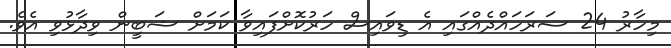
މިހާރު 24 ސަރަހައްދެއްގައި އެ ޑިވައިސް ހަރުކޮށްފައިވާ ކަމަށް ޝަބީން ވިދާޅުވި އެވެ.